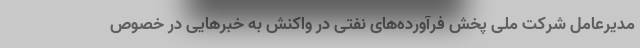
مدیرعامل شرکت ملی پخش فرآورده‌های نفتی در واکنش به خبرهایی در خصوص